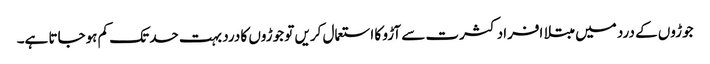
جوڑوں کے درد میں مبتلا افراد کثرت سے آڑو کا استعمال کریں تو جوڑوں کا درد بہت حد تک کم ہوجاتا ہے۔